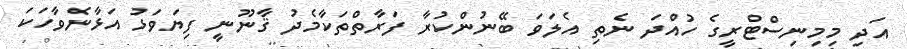
އަދި މިމިނިސްޓްރީގެ ހުއްދަ ނެތި އެލަވަ ބޭނުންކުރާ ފަރާތްތަކާމެދު ޤާނޫނީ ފިޔަވަޅު އަޅާނެވާހަކަ